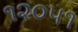
૧૨૦૫૧